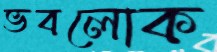
ভবলোক